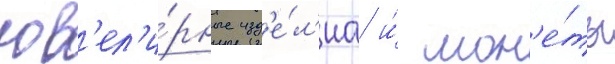
юв'ел'и́рные изд'е́л'иа и́ мон'е́ты